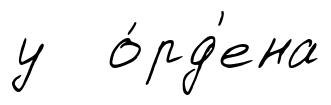
у о́рд'ена